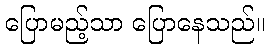
ပြောမည့်သာ ပြောနေသည်။